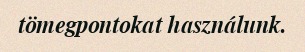
tömegpontokat használunk.